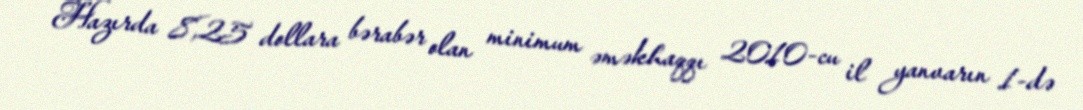
Hazırda 8,25 dollara bərabər olan minimum əməkhaqqı 2010-cu il yanvarın 1-də